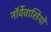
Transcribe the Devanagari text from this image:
नॉर्वेवासियों